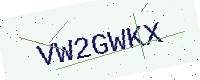
Text: VW2GWKX